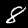
Digit: 8